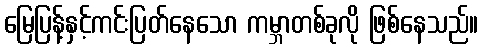
မြေပြန့်နှင့်ကင်းပြတ်နေသော ကမ္ဘာတစ်ခုလို ဖြစ်နေသည်။